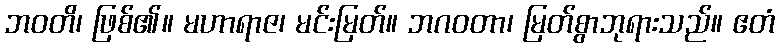
ဘဝတိ၊ ဖြစ်၏။ မဟာရာဇ၊ မင်းမြတ်။ ဘဂဝတာ၊ မြတ်စွာဘုရားသည်။ ဧတံ